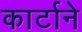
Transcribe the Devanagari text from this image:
कार्टाने